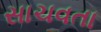
સાચવતા